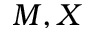
M , X